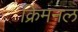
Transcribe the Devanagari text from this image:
क्रिमनल